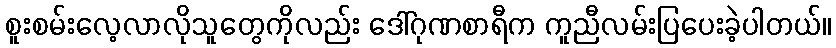
စူးစမ်းလေ့လာလိုသူတွေကိုလည်း ဒေါ်ဂုဏစာရီက ကူညီလမ်းပြပေးခဲ့ပါတယ်။